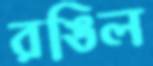
রঙিল